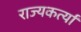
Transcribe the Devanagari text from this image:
राज्यकर्त्यां